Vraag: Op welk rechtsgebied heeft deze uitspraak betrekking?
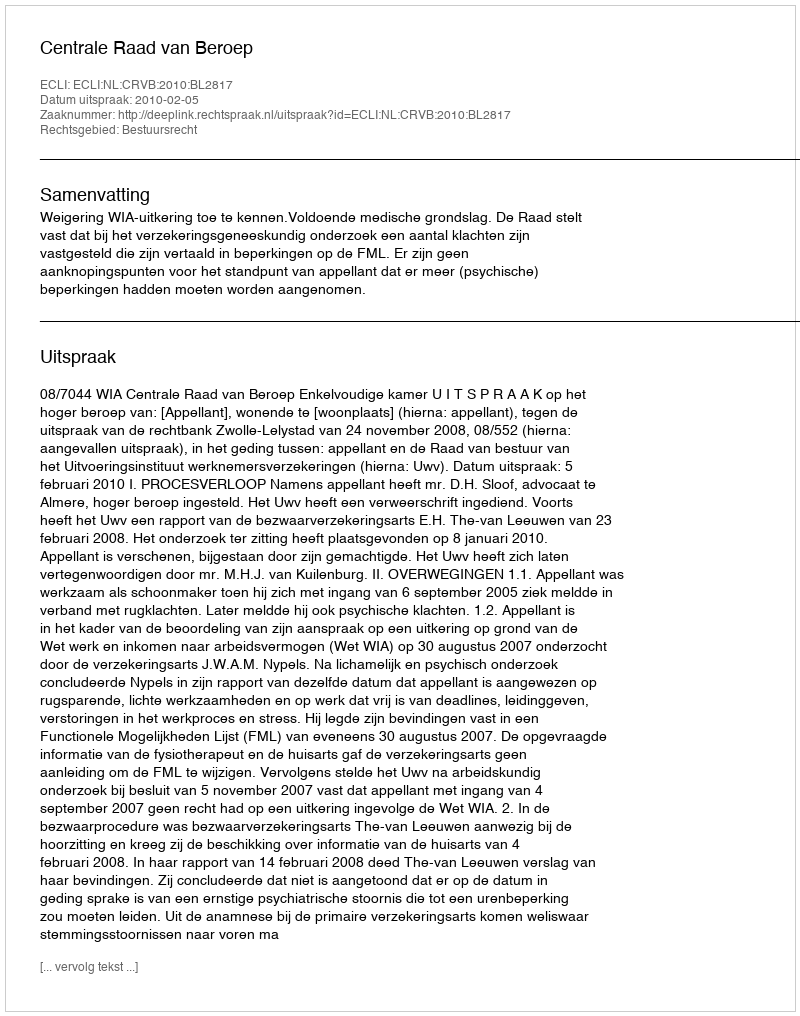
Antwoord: Bestuursrecht